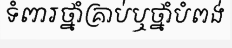
ទំពារថ្នាំគ្រាប់ឬថ្នាំបំពង់